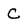
Character: C